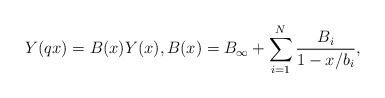
\begin{align*}Y(q x) = B(x)Y(x), B(x) = B_{\infty} + \sum^{N}_{i = 1}\frac{B_{i}}{1 - x/b_{i}},\end{align*}